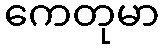
ကေတုမာ